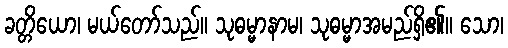
ခတ္တိယော၊ မယ်တော်သည်။ သုဓမ္မာနာမ၊ သုဓမ္မာအမည်ရှိ၏။ သော၊